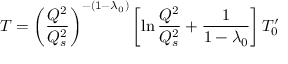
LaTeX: T = \left( { \frac { Q ^ { 2 } } { Q _ { s } ^ { 2 } } } \right) ^ { - ( 1 - \lambda _ { 0 } ) } \left[ \ln { \frac { Q ^ { 2 } } { Q _ { s } ^ { 2 } } } + { \frac { 1 } { 1 - \lambda _ { 0 } } } \right] T _ { 0 } ^ { \prime }